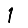
Digit: 1